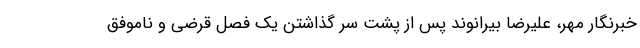
خبرنگار مهر، علیرضا بیرانوند پس از پشت سر گذاشتن یک فصل قرضی و ناموفق